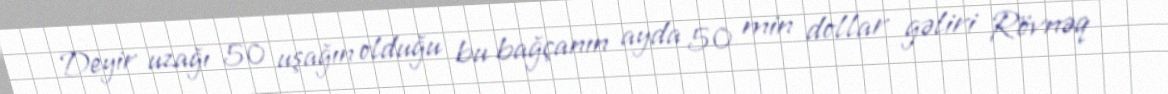
Deyir uzağı 50 uşağın olduğu bu bağçanın ayda 50 min dollar gəliri Rövnəq